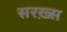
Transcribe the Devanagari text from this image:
सरख़्स